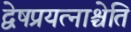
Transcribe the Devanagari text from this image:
द्वेषप्रयत्नाश्चेति